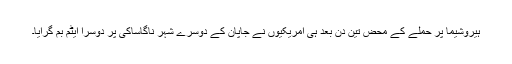
ہیروشیما پر حملے کے محض تین دن بعد ہی امریکیوں نے جاپان کے دوسرے شہر ناگاساکی پر دوسرا ایٹم بم گرایا۔